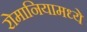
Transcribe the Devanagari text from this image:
रोमानियामध्ये